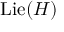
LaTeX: \operatorname { L i e } ( H )